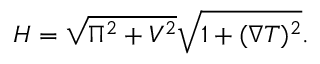
{ \cal H } = \sqrt { \Pi ^ { 2 } + V ^ { 2 } } \sqrt { 1 + ( \nabla T ) ^ { 2 } } .